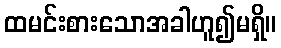
ထမင်းစားသောအခါဟူ၍မရှိ။